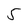
Character: 5